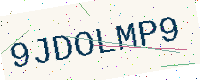
Text: 9JDOLMP9